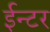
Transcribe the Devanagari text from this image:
ईन्टर